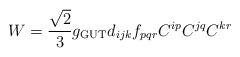
LaTeX: \begin{align*}W=\frac{\sqrt{2}}{3}g_{\rm GUT}d_{ijk}f_{pqr}C^{ip}C^{jq}C^{kr}\end{align*}